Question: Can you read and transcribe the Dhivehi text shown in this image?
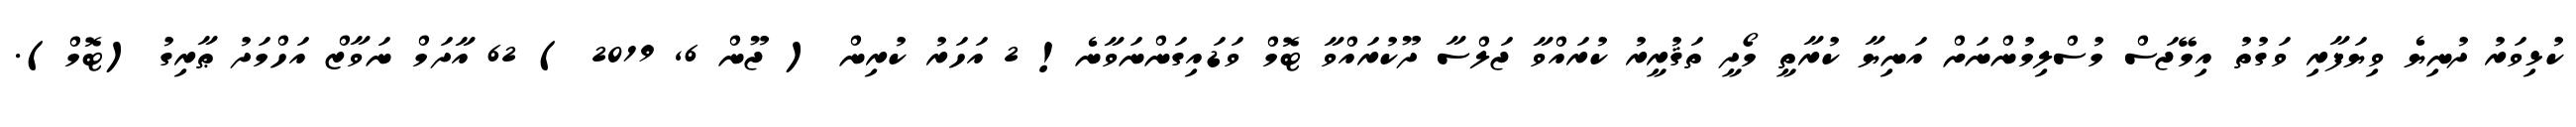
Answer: ކުޅިވަރު ދުނިޔެ ވިޔަފާރި ވަގުތު އިމޭޖަސް މުސްލިމުންނަށް އަނިޔާ ކުރާތީ މޯދީ ތަޤުރީރު ކުރައްވާ ޖަލްސާ ދޫކުރައްވާ ޓޮމް ވަޑައިގަންނަވާނެ! 2 އަހަރު ކުރިން ( ޖޫން 6, 2019 ) 62 އާދަމް ނަވާޒް އަހްމަދު ޠާރިގު (ޓޮމް).